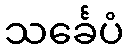
သင်္ခေပံ